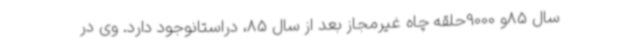
سال 85و 9000حلقه چاه غیرمجاز بعد از سال 85، دراستانوجود دارد. وی در